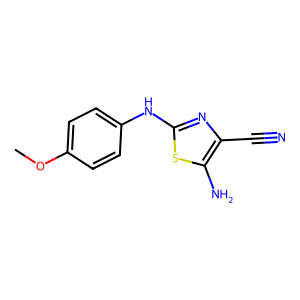
SMILES: COc1ccc(Nc2nc(C#N)c(N)s2)cc1
Inhibits HIV replication: No